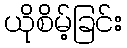
ယိုစိမ့်ခြင်း